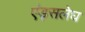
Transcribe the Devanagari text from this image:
एंड्सलेघ